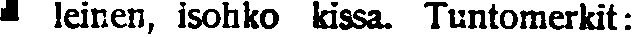
# leinen, isohko kissa. Tuntomerkit: